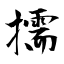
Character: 擩